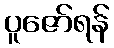
ပူဇော်ရန်